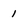
Character: 1